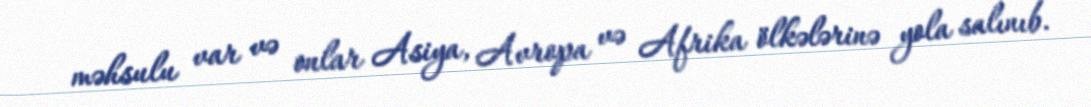
məhsulu var və onlar Asiya, Avropa və Afrika ölkələrinə yola salınıb.